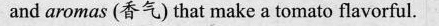
and aromas (香气) that make a tomato flavorful